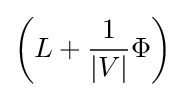
\left(L+{\frac {1}{|V|}}\Phi \right)